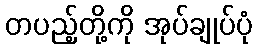
တပည့်တို့ကို အုပ်ချုပ်ပုံ